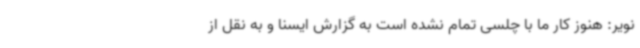
نویر: هنوز کار ما با چلسی تمام نشده است به گزارش ایسنا و به نقل از